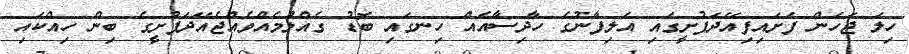
ހިލަ ޖަހަން ފަށައިފިއޭދަފުށީގައި އަލިފާނުގެ ހާދިސާއެއް ހިނގައި ބޮޑު ގެއްލުމެއްވެއްޖެއޭދަފުށީގެ ބިން ހިއްކައި